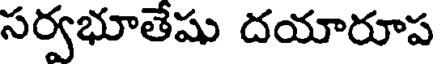
సర్వభూతేషు దయారూప